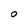
Character: O